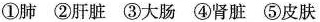
①肺②肝脏③大肠④肾脏⑤皮肤